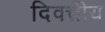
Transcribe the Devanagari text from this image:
दिवत्तीय